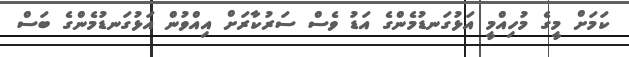
ކަމަށް މީގެ މުހިއްމީ އަޅުގަނޑުމެންގެ އަޑު ވެސް ސަރުކާރަށް އިއްވުން އަޅުގަނޑުމެންގެ ބަސް